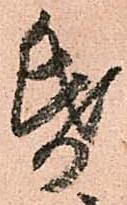
帋